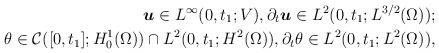
LaTeX: \begin{align*}\boldsymbol u\in L^\infty(0, t_1; V),\partial_t\boldsymbol u \in L^2(0, t_1; L^{3/2}(\Omega));\\\theta\in \mathcal C([0, t_1]; H^1_0(\Omega))\cap L^2(0,t_1; H^2(\Omega)),\partial_t\theta\in L^2(0, t_1; L^2(\Omega)),\end{align*}